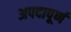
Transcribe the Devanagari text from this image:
अपदापूर्ण